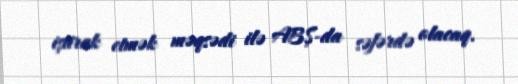
iştirak etmək məqsədi ilə ABŞ-da səfərdə olacaq.